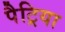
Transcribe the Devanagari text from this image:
पैट्रिया